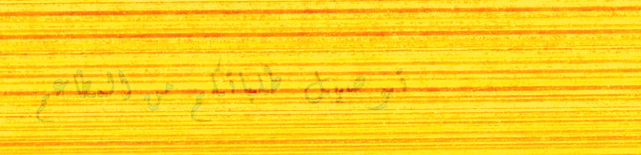
توصيل طلباتكم من المطاعم